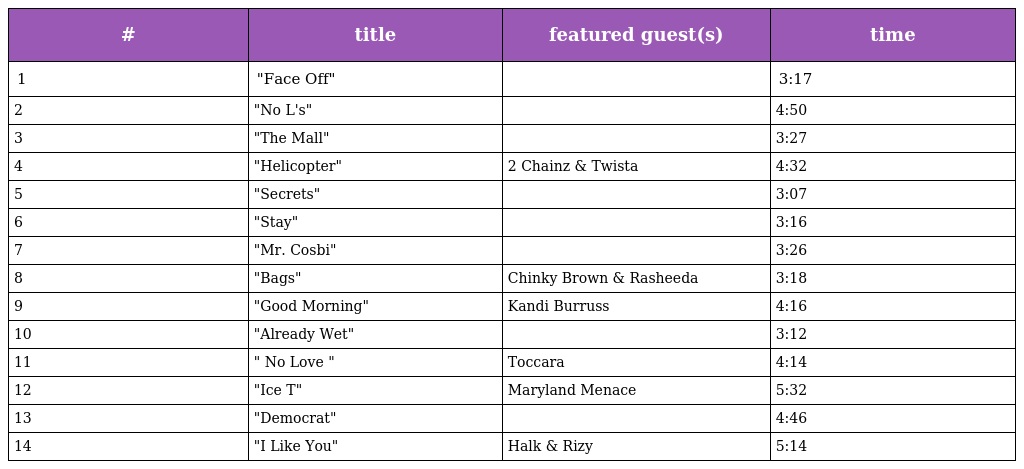
| # | title | featured guest(s) | time |
 | --- | --- | --- | --- |
 | 1 | "Face Off" |  | 3:17 |
 | 2 | "No L's" |  | 4:50 |
 | 3 | "The Mall" |  | 3:27 |
 | 4 | "Helicopter" | 2 Chainz & Twista | 4:32 |
 | 5 | "Secrets" |  | 3:07 |
 | 6 | "Stay" |  | 3:16 |
 | 7 | "Mr. Cosbi" |  | 3:26 |
 | 8 | "Bags" | Chinky Brown & Rasheeda | 3:18 |
 | 9 | "Good Morning" | Kandi Burruss | 4:16 |
 | 10 | "Already Wet" |  | 3:12 |
 | 11 | " No Love " | Toccara | 4:14 |
 | 12 | "Ice T" | Maryland Menace | 5:32 |
 | 13 | "Democrat" |  | 4:46 |
 | 14 | "I Like You" | Halk & Rizy | 5:14 |